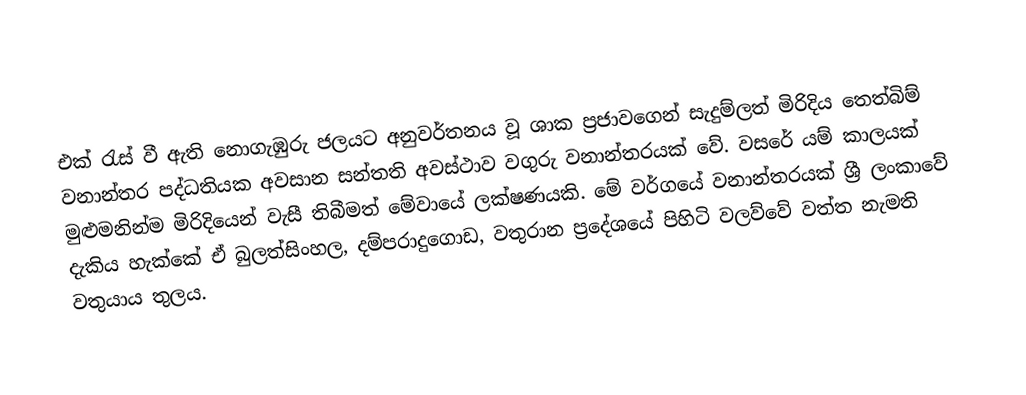
එක් රැස් වී ඇති නොගැඹුරු ජලයට අනුවර්තනය වූ ශාක ප්‍රජාවගෙන් සැදුම්ලත් මිරිදිය තෙත්බිම් වනාන්තර පද්ධතියක අවසාන සන්තති අවස්ථාව වගුරු වනාන්තරයක් වේ. වසරේ යම් කාලයක් මුළුමනින්ම මිරිදියෙන් වැසී තිබීමත් මේවායේ ලක්ෂණයකි. මේ වර්ගයේ වනාන්තරයක් ශ්‍රී ලංකාවේ දැකිය හැක්කේ ඒ බුලත්සිංහල, දම්පරාදුගොඩ, වතුරාන ප්‍රදේශයේ පිහිටි වලව්වේ වත්ත නැමති වතුයාය තුලය.